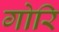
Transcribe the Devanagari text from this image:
गोरि